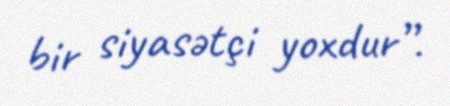
bir siyasətçi yoxdur”.